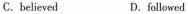
C.believed D.followed